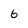
Character: 6